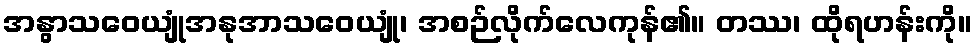
အနွာသဝေယျုံအနုအာသဝေယျုံ၊ အစဉ်လိုက်လေကုန်၏။ တဿ၊ ထိုရဟန်းကို။